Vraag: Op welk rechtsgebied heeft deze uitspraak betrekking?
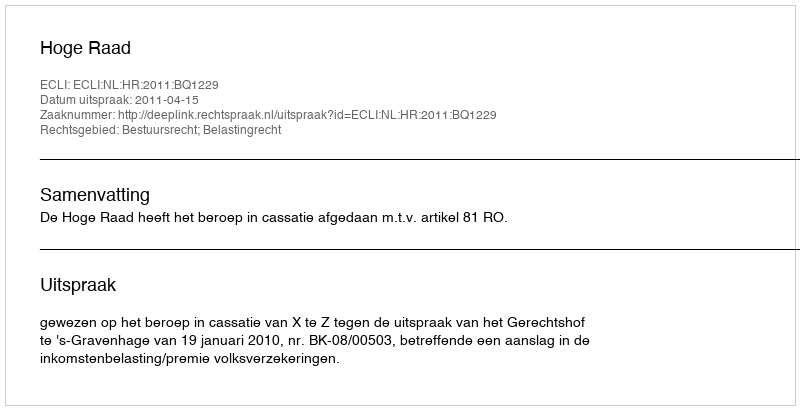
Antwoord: Bestuursrecht; Belastingrecht